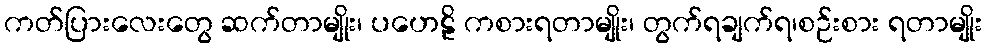
ကတ်ပြားလေးတွေ ဆက်တာမျိုး၊ ပဟေဠိ ကစားရတာမျိုး၊ တွက်ရချက်ရ၊စဉ်းစား ရတာမျိုး